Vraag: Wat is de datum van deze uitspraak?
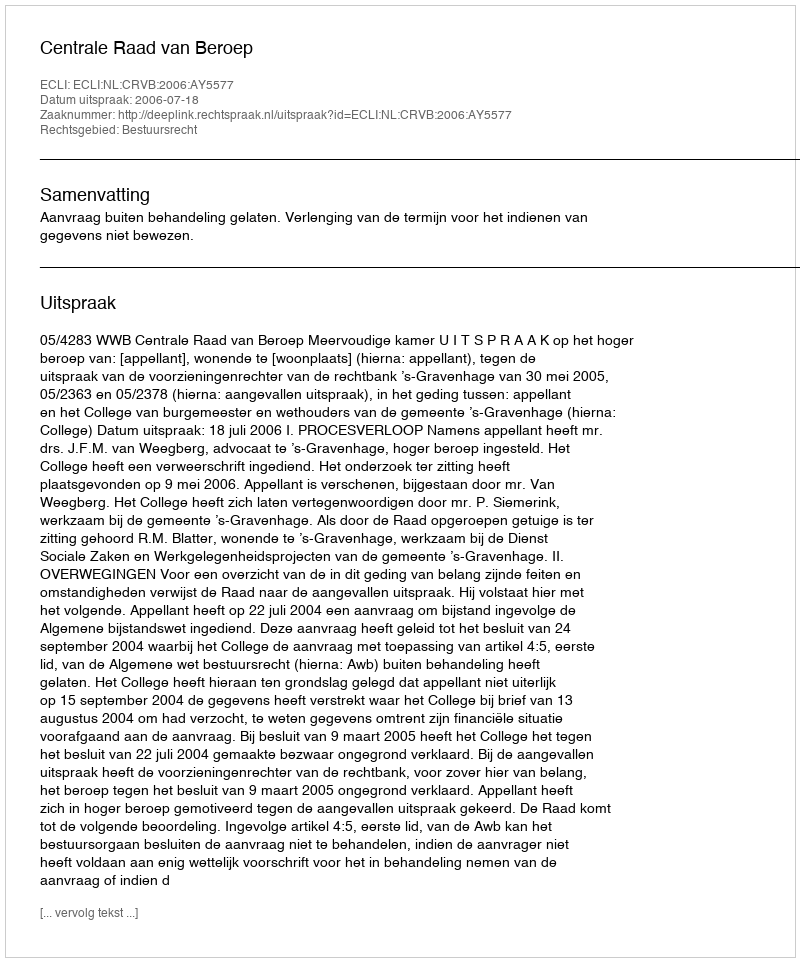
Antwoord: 2006-07-18